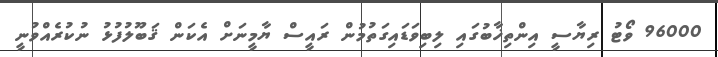
96000 ވޯޓު ރިޔާސީ އިންތިޚާބުގައި ލިބިވަޑައިގަތުމުން ރައީސް ޔާމީނަށް އެކަން ޤަބޫލުފުޅު ނުކުރެއްވުނީ